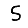
Digit: 5